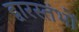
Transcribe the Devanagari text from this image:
द्वारस्तंभों